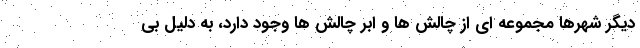
دیگر شهرها مجموعه ای از چالش ها و ابر چالش ها وجود دارد، به دلیل بی